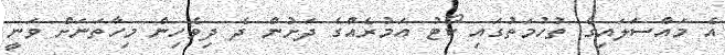
އެ މައްސަލައިގެ ތުހުމަތުގައި ކޯޓު އަމުރެއްގެ ދަށުން ދެ ދިވެހިން މިހާތަނަށް ވަނީ